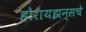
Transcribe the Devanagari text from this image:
होरायझन्सचे